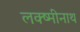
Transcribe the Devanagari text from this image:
लक्ष्मीनाथ